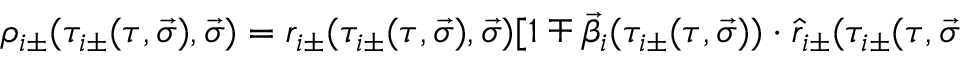
\rho _ { i \pm } ( \tau _ { i \pm } ( \tau , \vec { \sigma } ) , \vec { \sigma } ) = r _ { i \pm } ( \tau _ { i \pm } ( \tau , \vec { \sigma } ) , \vec { \sigma } ) [ 1 \mp \vec { \beta } _ { i } ( \tau _ { i \pm } ( \tau , \vec { \sigma } ) ) \cdot \hat { r } _ { i \pm } ( \tau _ { i \pm } ( \tau , \vec { \sigma }